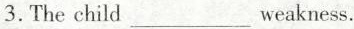
3.Thechild___weakness.